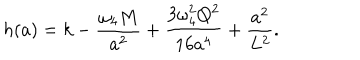
LaTeX: h ( a ) = k - { \frac { \omega _ { 4 } M } { a ^ { 2 } } } + { \frac { 3 \omega _ { 4 } ^ { 2 } Q ^ { 2 } } { 1 6 a ^ { 4 } } } + { \frac { a ^ { 2 } } { L ^ { 2 } } } .